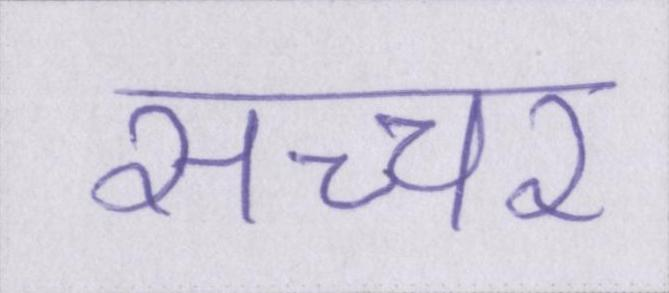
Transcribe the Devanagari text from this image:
सच्चर